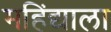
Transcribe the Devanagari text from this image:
महिंद्याला